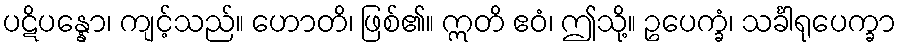
ပဋိပန္နော၊ ကျင့်သည်။ ဟောတိ၊ ဖြစ်၏။ ဣတိ ဧဝံ၊ ဤသို့။ ဥပေက္ခံ၊ သင်္ခါရုပေက္ခာ